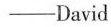
——David